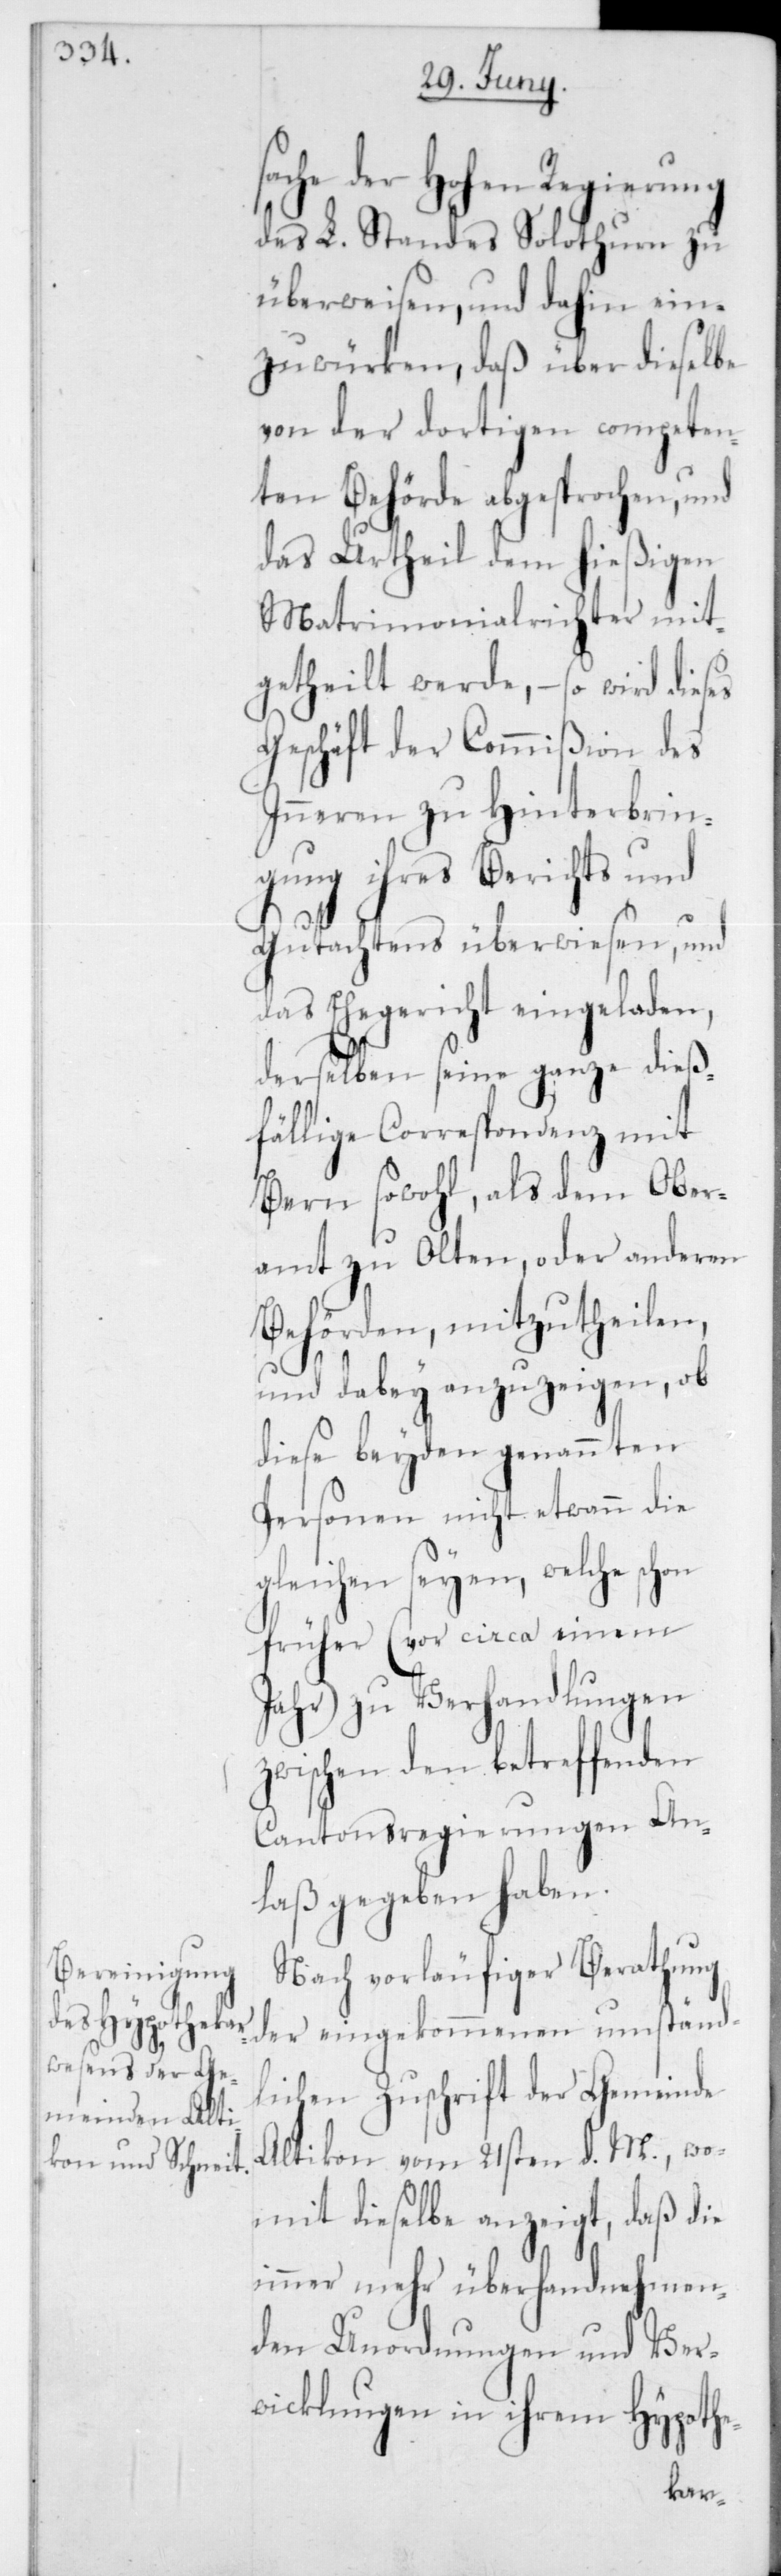
che der Hohen Regierung
des L. Standes Solothurn zu
überweisen, und dahin ein¬
zuwürken, daß über dieselbe
von der dortigen competen¬
ten Behörde abgesprochen, und
das Urtheil dem hießigen
Matrimonialrichter mit¬
getheilt werde, – so wird dieses
Geschäft der Commißion des
Inneren zu Hinterbrin¬
gung ihres Berichts und
Gutachtens überwiesen, und
das Ehegericht eingeladen,
derselben seine ganze dieß¬
fällige Correspondenz mit
Bern sowohl als dem Ober¬
amt zu Olten oder anderen
Behörden, mitzutheilen,
und dabey anzuzeigen, ob
diese beyden genannten
Personen nicht etwann die
Gleichen seyen, welche schon
früher (vor circa einem
Jahr) zu Verhandlungen
zwischen den betreffenden
Cantonsregierungen An¬
laß gegeben haben.
Nach vorläufiger Berathung
der eingekommenen umständ¬
lichen Zuschrift der Gemeinde
Altikon vom 21sten d. M., wo¬
mit dieselbe anzeigt, daß die
immer mehr überhand nehmen¬
den Unordnungen und Ver¬
wicklungen in ihrem Hypothe-
sa¬